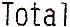
TOTAL